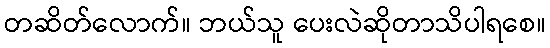
တဆိတ်လောက်။ ဘယ်သူ ပေးလဲဆိုတာသိပါရစေ။